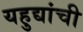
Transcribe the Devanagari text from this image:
यहुद्यांची